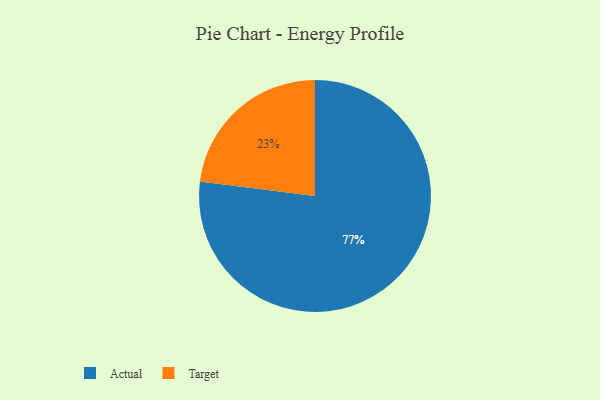
{"axis": {"x": "Category", "y": "Percentage"}, "legend": ["Actual", "Target"], "data": [{"x": "Target", "y": 23, "type": "Target"}, {"x": "Actual", "y": 77, "type": "Actual"}]}